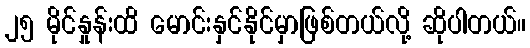
၂၅ မိုင်နှုန်းထိ မောင်းနှင်နိုင်မှာဖြစ်တယ်လို့ ဆိုပါတယ်။